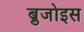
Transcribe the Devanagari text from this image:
ब्रुजोइस